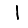
Digit: 1